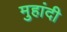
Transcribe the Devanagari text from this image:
मुहांदी